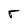
Character: r